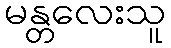
မန္တလေးသူ